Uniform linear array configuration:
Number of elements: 48
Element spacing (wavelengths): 0.5
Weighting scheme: hann
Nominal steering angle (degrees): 60
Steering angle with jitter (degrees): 61.629
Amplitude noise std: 0.05
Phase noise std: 0.05

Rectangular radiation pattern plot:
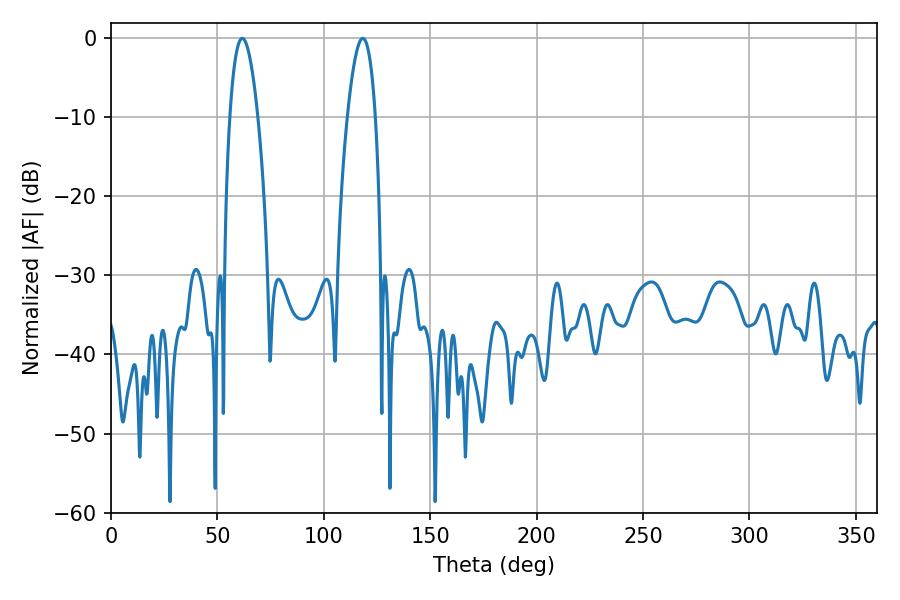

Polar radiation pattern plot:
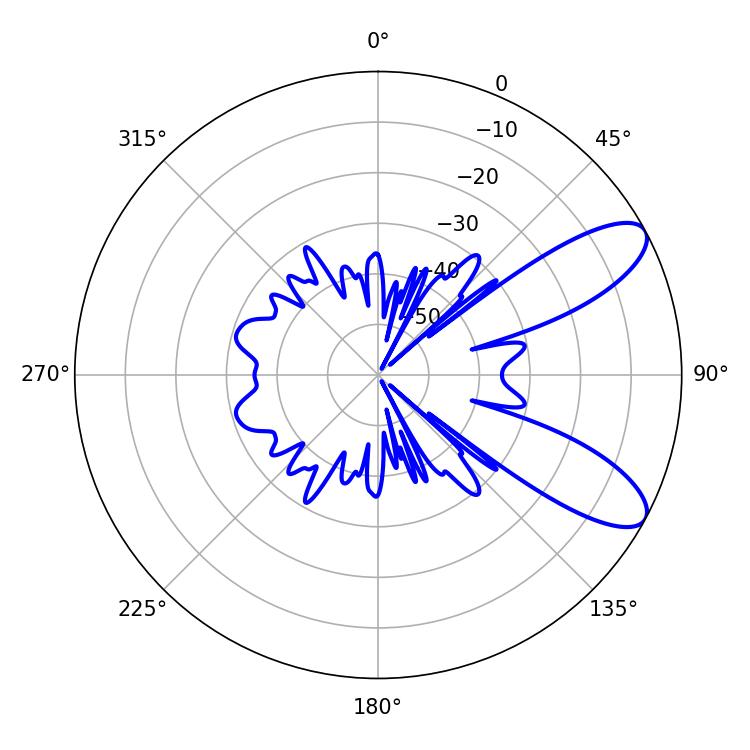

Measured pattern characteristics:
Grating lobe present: FALSE
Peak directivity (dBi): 9.203
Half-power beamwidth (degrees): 7.2
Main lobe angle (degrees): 61.74